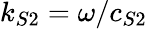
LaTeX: k_{S2}=\omega/c_{S2}